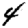
Digit: 4